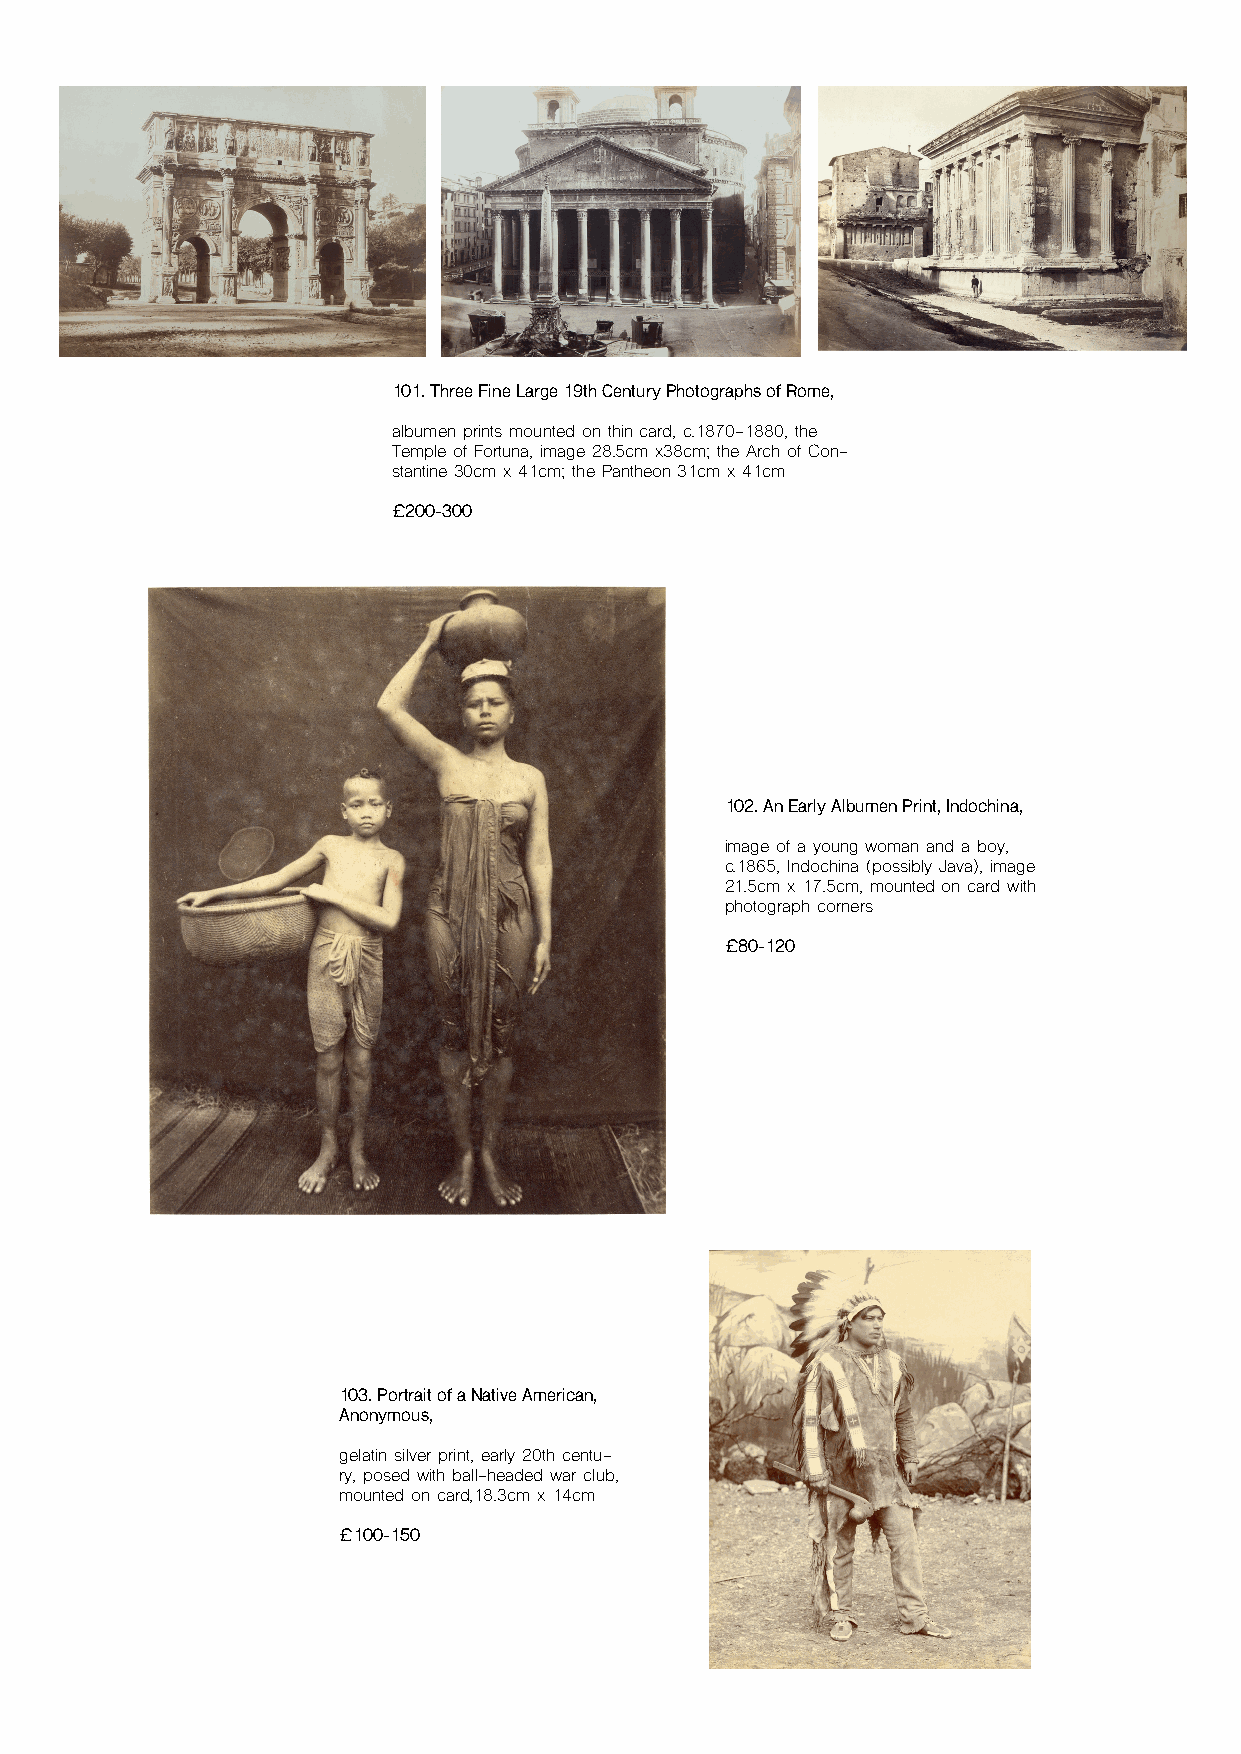
101. Three Fine Large 19th Century Photographs of Rome,
 albumen prints mounted on thin card, c.1870-1880, the
 Temple of Fortuna, image 28.5cm x38cm; the Arch of Con-
 stantine 30cm x 41cm; the Pantheon 31cm x 41cm
 £200-300
 102. An Early Albumen Print, Indochina,
 image of a young woman and a boy,
 c.1865, Indochina (possibly Java), image
 21.5cm x 17.5cm, mounted on card with
 photograph corners
 £80-120
 103. Portrait of a Native American,
 Anonymous,
 gelatin silver print, early 20th centu-
 ry, posed with ball-headed war club,
 mounted on card,18.3cm x 14cm
 £100-150